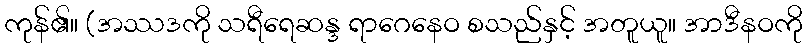
ကုန်၏။ (အဿဒကို သရီရေဆန္ဒ ရာဂေနေဝ စသည်နှင့် အတူယူ။ အာဒီနဝကို